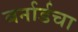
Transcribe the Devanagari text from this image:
बर्नार्डचा